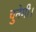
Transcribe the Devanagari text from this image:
चुनेगी।